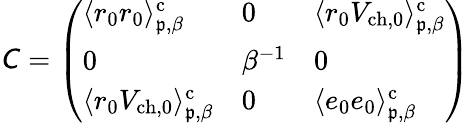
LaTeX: \mathsfit{C}=\left(\begin{array}{lll}{\langle r_{0}r_{0}\rangle_{\mathfrak{p},\beta}^{\mathrm{c}}}&{0}&{\langle r_{0}V_{\mathrm{ch,0}}\rangle_{\mathfrak{p},\beta}^{\mathrm{c}}}\\ {0}&{\beta^{-1}}&{0}\\ {\langle r_{0}V_{\mathrm{ch,0}}\rangle_{\mathfrak{p},\beta}^{\mathrm{c}}}&{0}&{\langle e_{0}e_{0}\rangle_{\mathfrak{p},\beta}^{\mathrm{c}}}\end{array}\right)